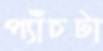
প্যাঁচটা